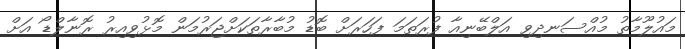
މައުލޫމާތު މުއްސަނދިވި އަލްބޭނިއާ ފުރަތަމަ ފަހަރަށް ބޮޑު މުބާރާތަކަށްޖަރުމަން މޮޅުވިއިރު ރޮނާލްޑޯ އަށް